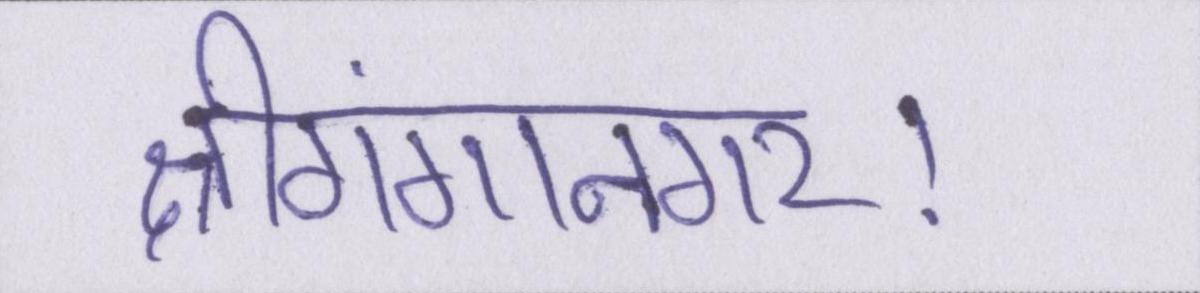
श्रीगंगानगर।